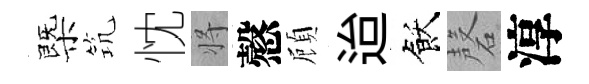
㮣𥬑忱将慤頋迨飫磬淳